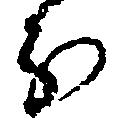
分